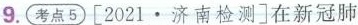
9.考点5[2021 \cdot 济南检测]在新冠肺